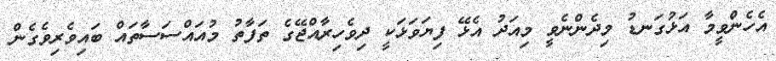
އެހެންވީމާ އަޅުގަނޑު މިދެންނެވީ މިއަދު އެޅޭ ފިޔަވަޅަކީ ދިވެހިރާއްޖޭގެ ތަފާތު މުއައްސަސާތައް ބައިވެރިވެގެން